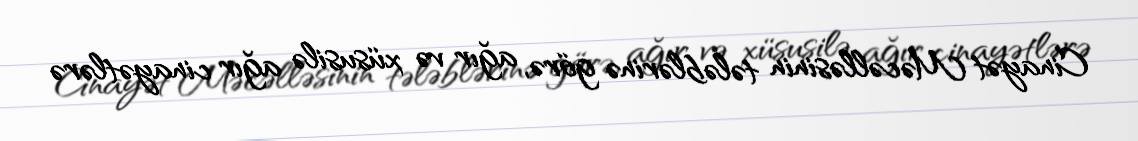
Cinayət Məcəlləsinin tələblərinə görə, ağır və xüsusilə ağır cinayətlərə